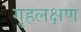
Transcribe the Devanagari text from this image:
गृहलक्षण